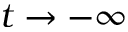
t \to - \infty